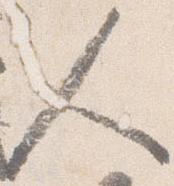
人